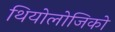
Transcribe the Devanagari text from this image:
थियोलोजिको